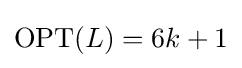
\mathrm {OPT} (L)=6k+1